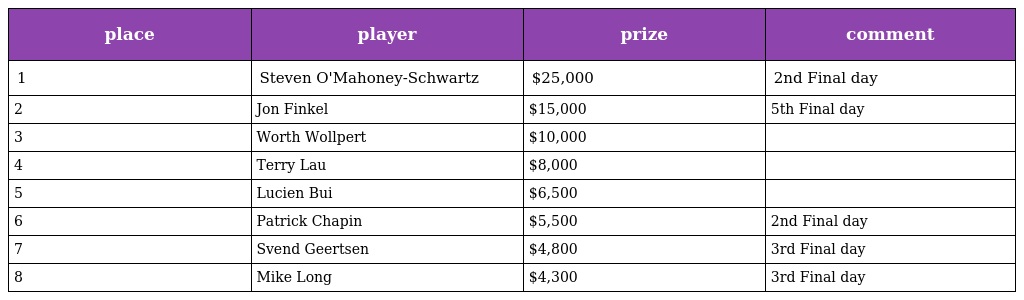
| place | player | prize | comment |
 | --- | --- | --- | --- |
 | 1 | Steven O'Mahoney-Schwartz | $25,000 | 2nd Final day |
 | 2 | Jon Finkel | $15,000 | 5th Final day |
 | 3 | Worth Wollpert | $10,000 |  |
 | 4 | Terry Lau | $8,000 |  |
 | 5 | Lucien Bui | $6,500 |  |
 | 6 | Patrick Chapin | $5,500 | 2nd Final day |
 | 7 | Svend Geertsen | $4,800 | 3rd Final day |
 | 8 | Mike Long | $4,300 | 3rd Final day |